Source: Handwritten
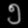
Digit: ၅ (5)